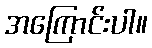
အကြောင်းပါ။